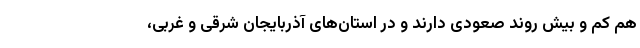
هم کم و بیش روند صعودی دارند و در استان‌های آذربایجان شرقی و غربی،